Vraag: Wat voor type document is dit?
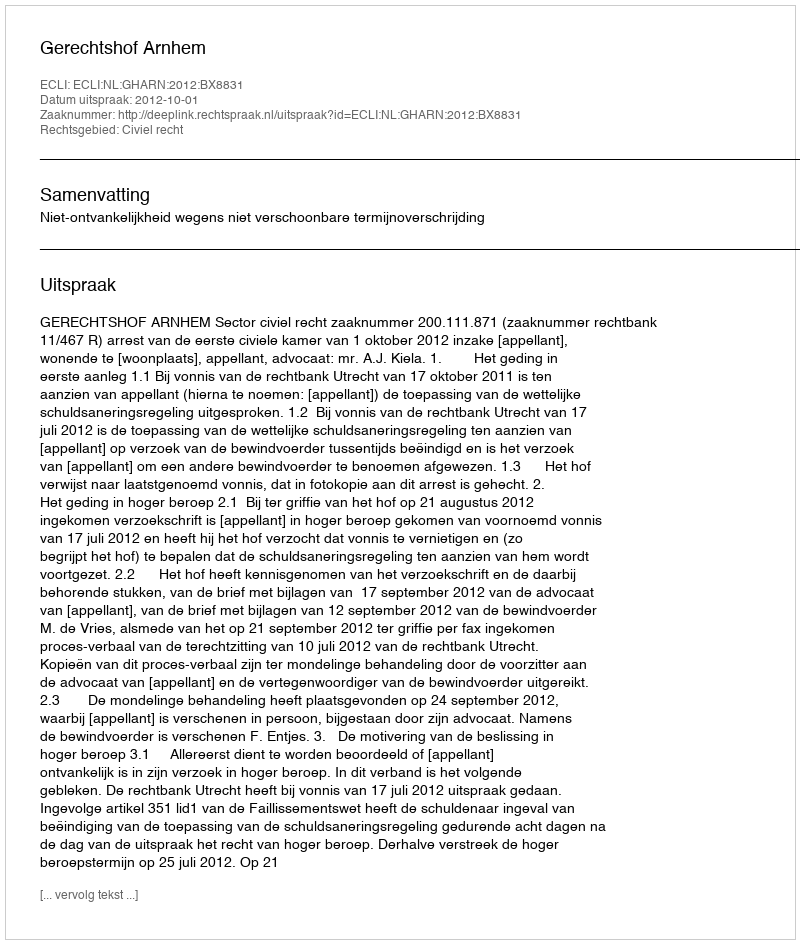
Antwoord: Uitspraak